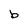
Character: b